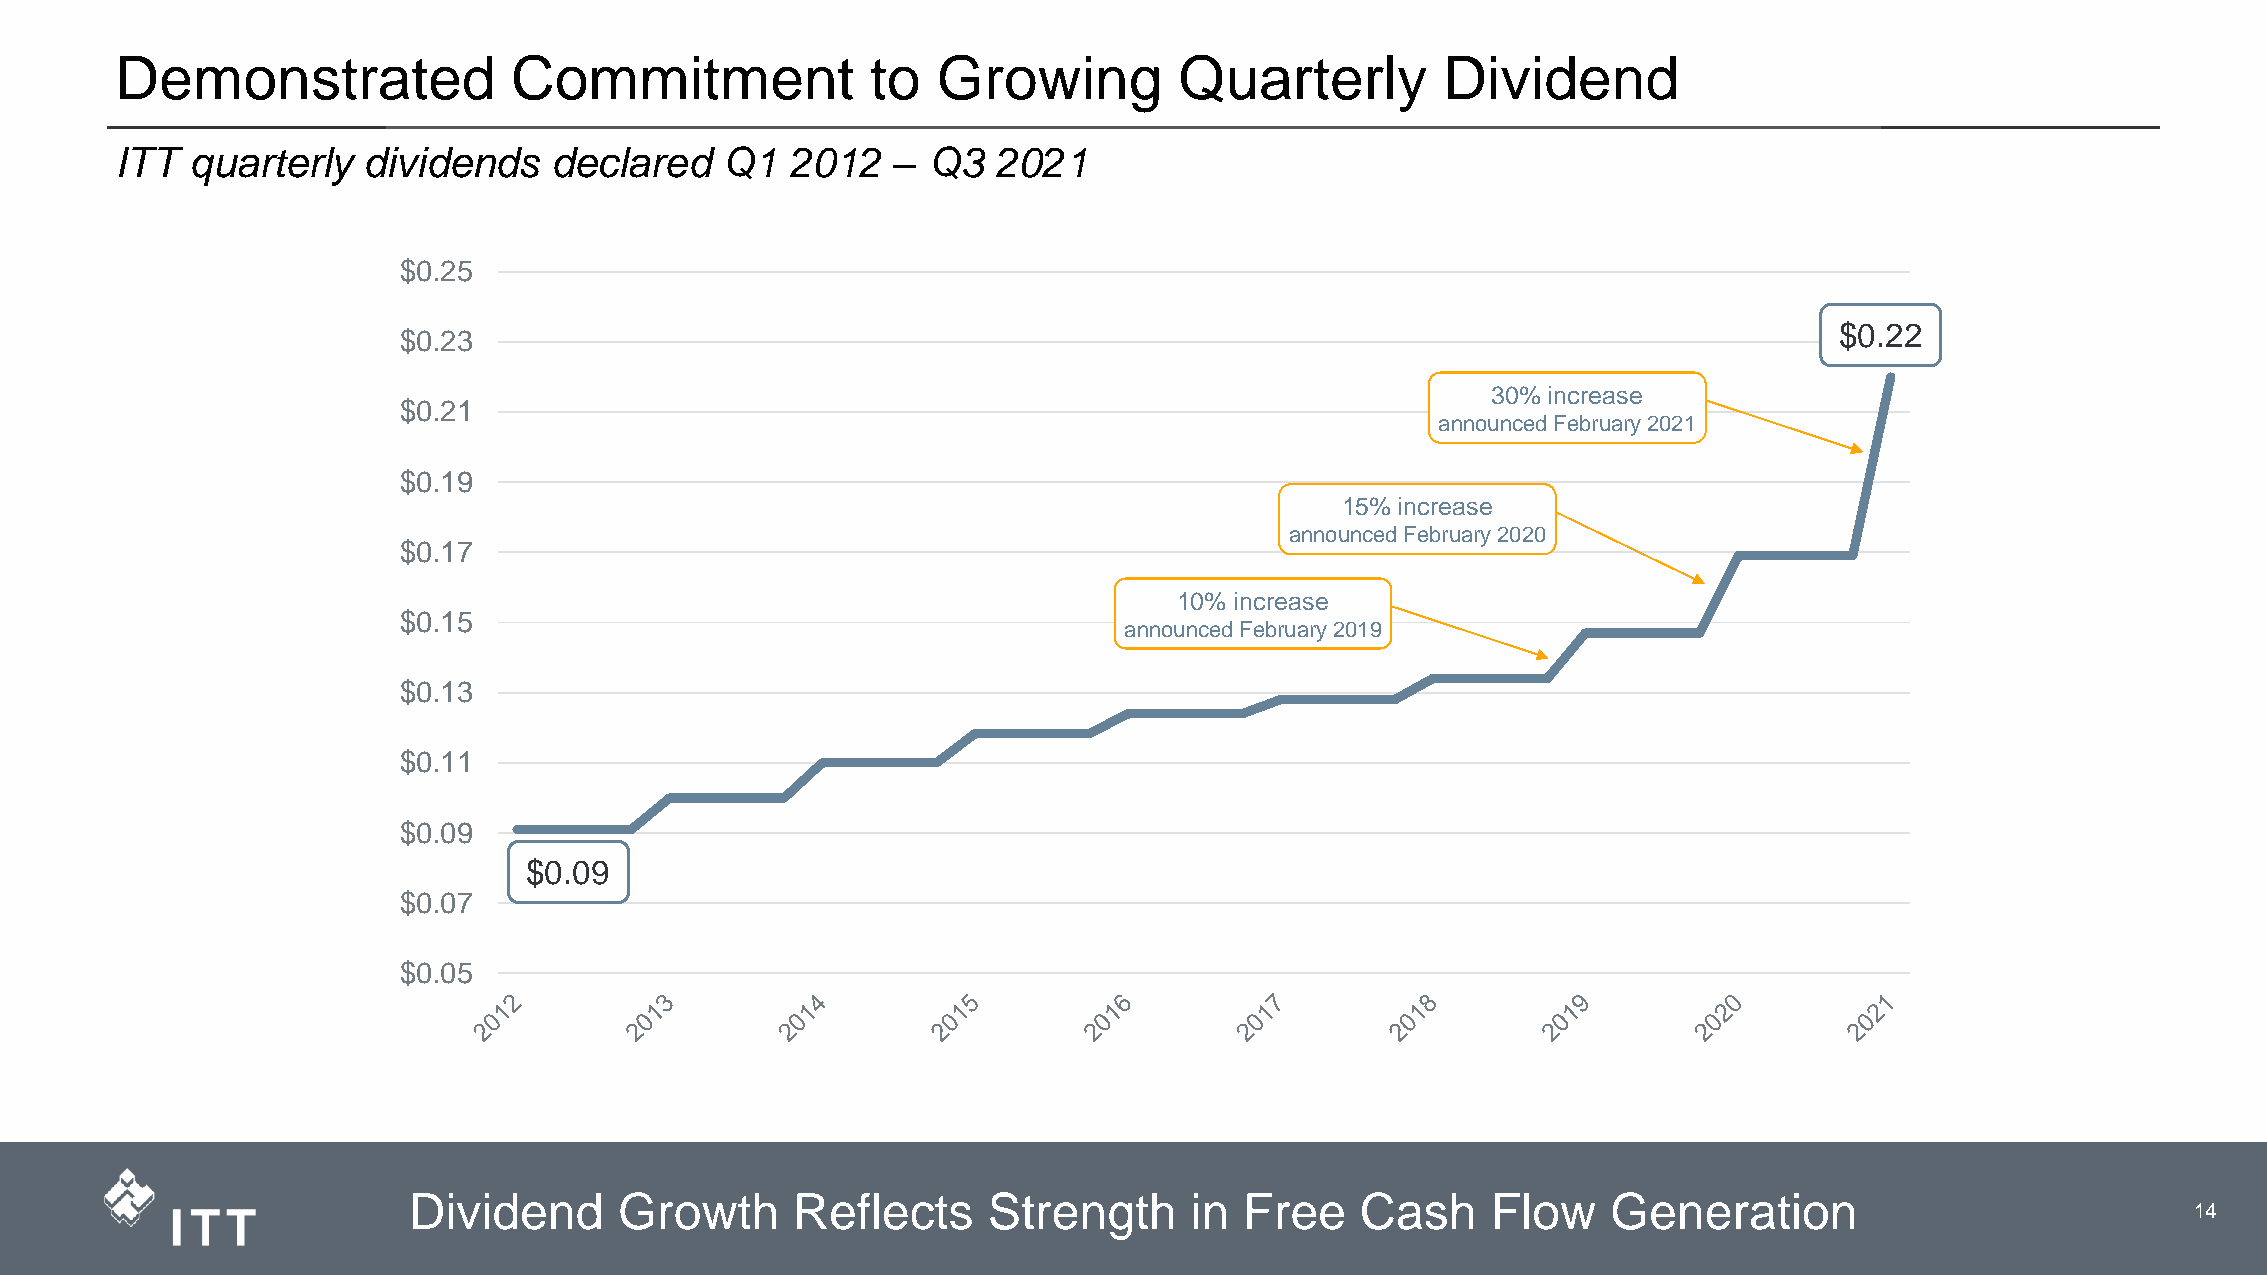
Demonstrated              Commitment              to  Growing         Quarterly         Dividend
 ITT  quarterly  dividends   declared    Q1  2012   – Q3   2021
 $0.25
 $0.22
 $0.23
 30% increase
 $0.21
 announced February 2021
 $0.19
 15% increase
 announced February 2020
 $0.17
 10% increase
 $0.15
 announced February 2019
 $0.13
 $0.11
 $0.09
 $0.09
 $0.07
 $0.05
 Dividend      Growth      Reflects    Strength      in Free    Cash     Flow    Generation
 3                    14